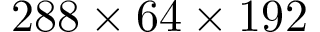
2 8 8 \times 6 4 \times 1 9 2